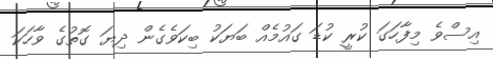
އިސްވެ މިފާހަގަ ކުރީ ކުޑަ ގައުމެއް ބަޔަކު ބިކަވެގެން ދިޔަ ގޮތުގެ ވާހަކަ